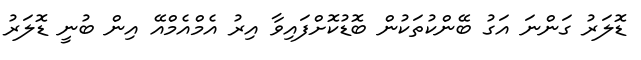
ޑޮލަރު ގަންނަ އަގު ބޭންކުތަކުން ބޮޑުކޮށްފައިވާ އިރު އެމްއެމްއޭ އިން ބުނީ ޑޮލަރު